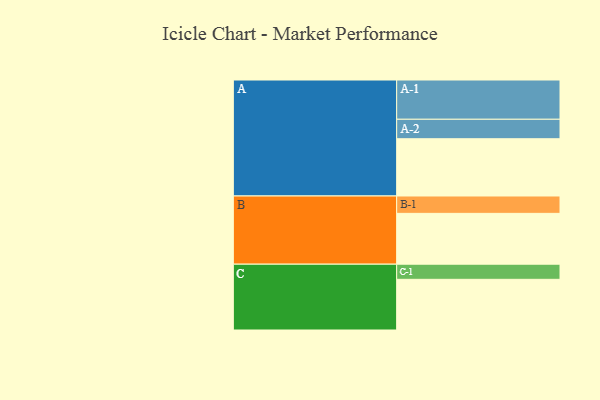
{"axis": {"x": "Segment", "y": "Value"}, "legend": ["", "A", "B", "C"], "data": [{"x": "A", "y": 356, "type": ""}, {"x": "B", "y": 316, "type": ""}, {"x": "C", "y": 315, "type": ""}, {"x": "A-1", "y": 244, "type": "A"}, {"x": "A-2", "y": 121, "type": "A"}, {"x": "B-1", "y": 108, "type": "B"}, {"x": "C-1", "y": 94, "type": "C"}]}